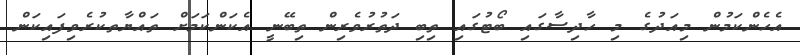
އެހެންކަމުން މިއަދުގެ މި ހާދިސާގައި ބޯޓުގައި ތިބި ދަތުރުވެރިން ތިބޭނީ އެކަންކަމަށް ތައްޔާތކުރެވިފައިކަން